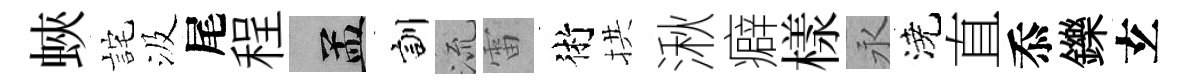
蛺詫汲尾程汴訓𣴑雷術拱湫癖樣永澆直忝鑠𤣥